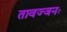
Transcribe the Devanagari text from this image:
तावज्जनः